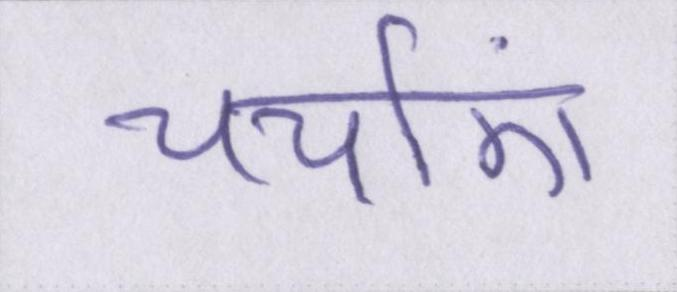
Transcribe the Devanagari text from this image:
चर्चाएं